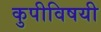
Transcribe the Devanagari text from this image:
कुपीविषयी